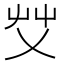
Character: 𰰞